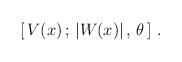
LaTeX: \begin{align*}[ \, V(x) \, ; \, |W(x)| \, , \, \theta\, ]~.\end{align*}